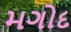
મગોદ